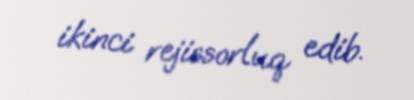
ikinci rejissorluq edib.